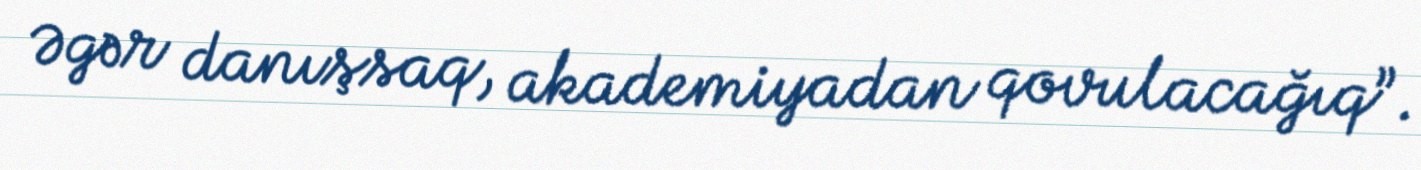
Əgər danışsaq, akademiyadan qovulacağıq”.